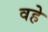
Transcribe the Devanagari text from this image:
वहे